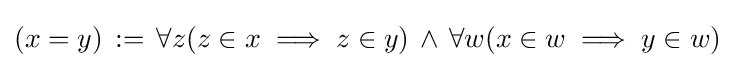
(x=y)\,:=\,\forall z(z\in x\implies z\in y)\,\land \,\forall w(x\in w\implies y\in w)